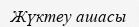
Жүктеу ашасы